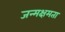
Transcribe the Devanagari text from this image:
जन्मक्षमता